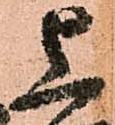
上